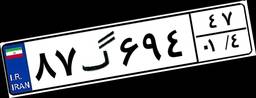
۸۷گ۶۹۴۴۷